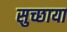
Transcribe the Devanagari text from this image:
सुच्छाया